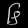
Digit: ၆